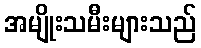
အမျိုးသမီးများသည်